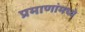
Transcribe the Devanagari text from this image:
प्रमाणांमध्ये